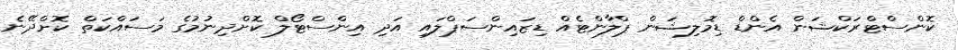
ކޮންސްޓްރަކްޝަން އެންޑް ޑިމޮލިޝަން ޕްލާންޓެއް ޑިޒައިންސަޕްލައި އަދި އިންސްޓޯލް ކޮށްދިނުމުގެ މަސައްކަތް ކޮށްދޭނެ